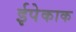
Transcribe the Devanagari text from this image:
ईपेकाक